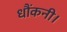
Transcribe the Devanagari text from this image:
धौंकनी।